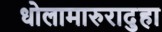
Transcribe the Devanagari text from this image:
धोलामारुरादुहा